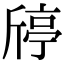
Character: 𣂴